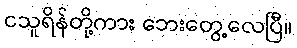
ငသူရိန်တို့ကား ဘေးတွေ့လေပြီ။